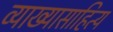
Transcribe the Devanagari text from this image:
व्याख्यासाहित्य